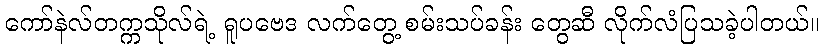
ကော်နဲလ်တက္ကသိုလ်ရဲ့ ရူပဗေဒ လက်တွေ့ စမ်းသပ်ခန်း တွေဆီ လိုက်လံပြသခဲ့ပါတယ်။